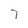
Character: 7